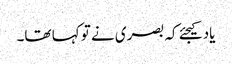
یاد کیجئے کہ بصری نے تو کہا تھا۔